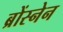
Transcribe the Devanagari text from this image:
ब्रोंस्नेन